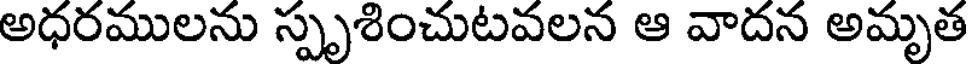
అధరములను స్పృశించుటవలన ఆ వాదన అమృత